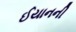
ઈયાનની